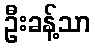
ဦးခန့်သာ